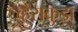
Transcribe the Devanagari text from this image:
व्हेराक्रुझ